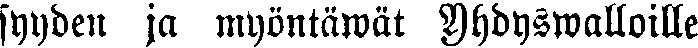
syyden ja myöntäwät Yhdyswalloille